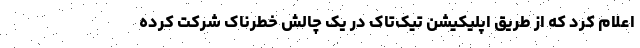
اعلام کرد که از طریق اپلیکیشن تیک‌تاک در یک چالش خطرناک شرکت کرده